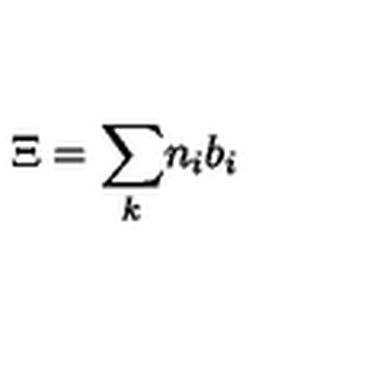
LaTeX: \Xi = { \sum _ { k } } n _ { i } { b } _ { i }